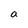
Character: a